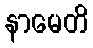
နာမေတိ